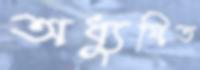
অধ্যুষিত